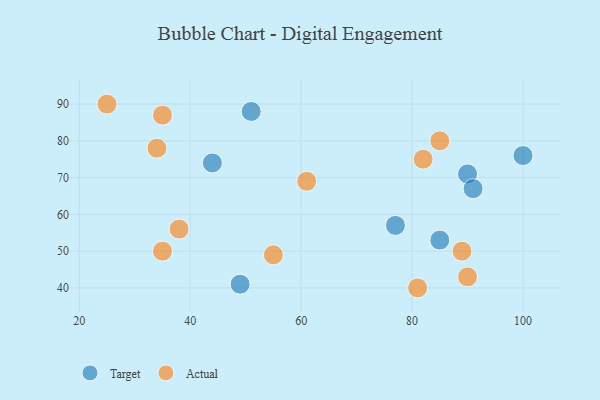
{"axis": {"x": "GDP", "y": "Life Expectancy"}, "legend": ["Actual", "Target"], "data": [{"x": "90", "y": 71, "type": "Target"}, {"x": "51", "y": 88, "type": "Target"}, {"x": "77", "y": 57, "type": "Target"}, {"x": "91", "y": 67, "type": "Target"}, {"x": "49", "y": 41, "type": "Target"}, {"x": "85", "y": 53, "type": "Target"}, {"x": "44", "y": 74, "type": "Target"}, {"x": "100", "y": 76, "type": "Target"}, {"x": "81", "y": 40, "type": "Actual"}, {"x": "35", "y": 50, "type": "Actual"}, {"x": "38", "y": 56, "type": "Actual"}, {"x": "85", "y": 80, "type": "Actual"}, {"x": "89", "y": 50, "type": "Actual"}, {"x": "90", "y": 43, "type": "Actual"}, {"x": "61", "y": 69, "type": "Actual"}, {"x": "34", "y": 78, "type": "Actual"}, {"x": "25", "y": 90, "type": "Actual"}, {"x": "35", "y": 87, "type": "Actual"}, {"x": "82", "y": 75, "type": "Actual"}, {"x": "55", "y": 49, "type": "Actual"}]}